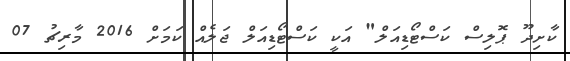
ކާށިދޫ ޕޮލިސް ކަސްޓޯޑިއަލް" އަކީ ކަސްޓޯޑިއަލް ޖަލެއް ކަމަށް 2016 މާރިޗު 07